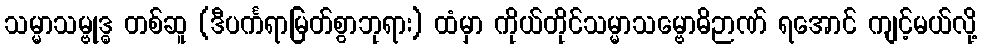
သမ္မာသမ္ဗုဒ္ဓ တစ်ဆူ (ဒီပင်္ကရာမြတ်စွာဘုရား) ထံမှာ ကိုယ်တိုင်သမ္မာသမ္ဗောဓိဉာဏ် ရအောင် ကျင့်မယ်လို့